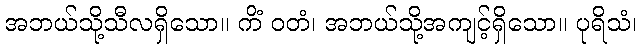
အဘယ်သို့သီလရှိသော။ ကိံ ဝတံ၊ အဘယ်သို့အကျင့်ရှိသော။ ပုရိသံ၊